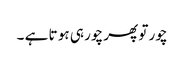
چور تو پھر چور ہی ہو تا ہے ۔